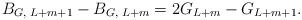
LaTeX: \begin{align*}B_{G,\; L+m+1}-B_{G,\; L+m}=2G_{L+m}-G_{L+m+1}.\end{align*}